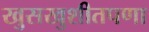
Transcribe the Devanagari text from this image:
खुसखुशीतपणा